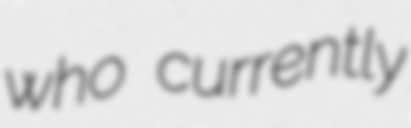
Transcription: who currently